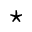
\star